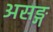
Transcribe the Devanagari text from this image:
असङ्ग